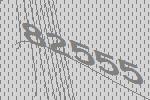
82555